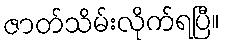
ဇာတ်သိမ်းလိုက်ရပြီ။